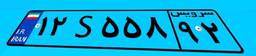
۰۵S۸۶۳۸۷